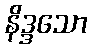
နိဒ္ဒသော